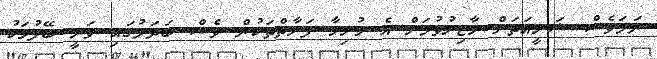
ނަމަވެސް ޝަރީއަތަށް ހާޒިރުވުމަށް އެ ހުރިހާ ފަރާތްތަކުން ވެސް ބަދަލުގައި ވަނީ ބޭފުޅަކު